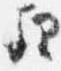
理